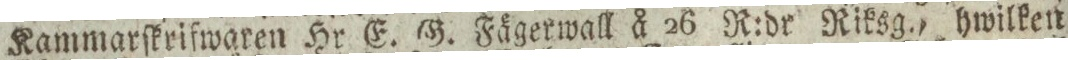
Kammarſkrifwaren Hr E. G. Fägerwall å 26 R:dr Riksg., hwilken